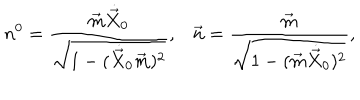
LaTeX: n ^ { 0 } = \frac { \vec { m } \dot { \vec { X } } _ { 0 } } { \sqrt { 1 - ( \dot { \vec { X } } _ { 0 } \vec { m } ) ^ { 2 } } } , \vec { n } = \frac { \vec { m } } { \sqrt { 1 - ( \vec { m } \dot { \vec { X } } _ { 0 } ) ^ { 2 } } } ,